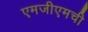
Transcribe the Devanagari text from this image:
एमजीएमची